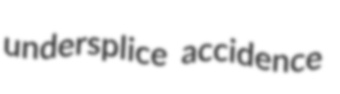
undersplice accidence